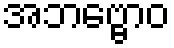
အဘဗ္ဗောဝ